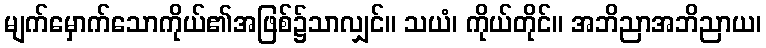
မျက်မှောက်သောကိုယ်၏အဖြစ်၌သာလျှင်။ သယံ၊ ကိုယ်တိုင်။ အဘိညာအဘိညာယ၊